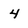
Character: 4